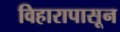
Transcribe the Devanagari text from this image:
विहारापासून